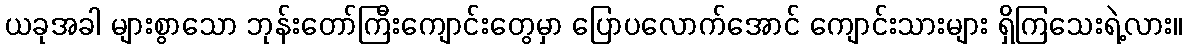
ယခုအခါ များစွာသော ဘုန်းတော်ကြီးကျောင်းတွေမှာ ပြောပလောက်အောင် ကျောင်းသားများ ရှိကြသေးရဲ့လား။